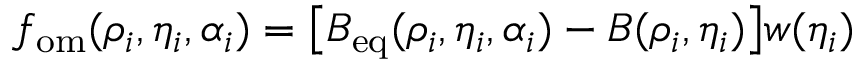
f _ { \mathrm { o m } } ( \rho _ { i } , \eta _ { i } , \alpha _ { i } ) = \big [ B _ { \mathrm { e q } } ( \rho _ { i } , \eta _ { i } , \alpha _ { i } ) - B ( \rho _ { i } , \eta _ { i } ) \big ] w ( \eta _ { i } )